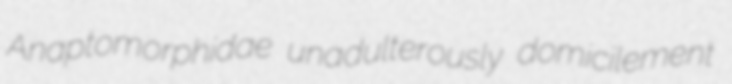
Anaptomorphidae unadulterously domicilement